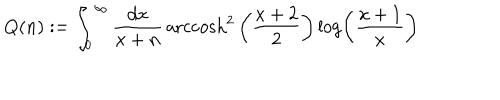
LaTeX: Q ( n ) : = \int _ { 0 } ^ { \infty } \frac { d x } { x + n } \, \mathrm { a r c c o s h } ^ { 2 } \left( \frac { x + 2 } { 2 } \right) \log \left( \frac { x + 1 } { x } \right)